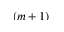
( m + 1 )